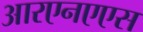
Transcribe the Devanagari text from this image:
आरएनएएस